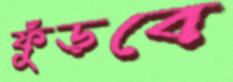
ফুঁড়বে